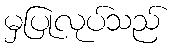
မှပြုလုပ်သည်